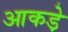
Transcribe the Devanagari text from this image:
आकडे़